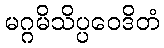
မဂ္ဂမိသိပ္ပဝေဒိတံ